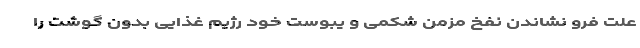
علت فرو نشاندن نفخ مزمن شکمی و یبوست خود رژیم غذایی بدون گوشت را